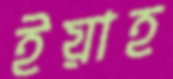
ইয়াহ